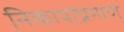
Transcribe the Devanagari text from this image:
निकायांप्रमाणे